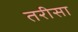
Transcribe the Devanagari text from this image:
तरीसा